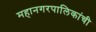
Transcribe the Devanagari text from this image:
महानगरपालिकांची